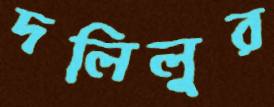
দলিলুর